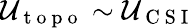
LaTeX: \mathcal{U}_{\mathrm{~t~o~p~o~}}\sim\mathcal{U}_{\mathrm{~C~S~I~}}